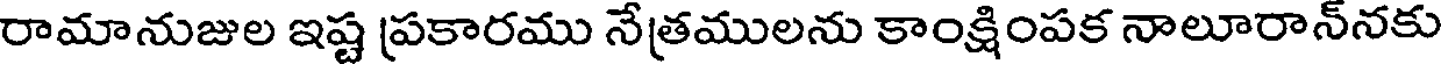
రామానుజుల ఇష్ట ప్రకారము నేత్రములను కాంక్షింపక నాలూరాన్నకు